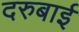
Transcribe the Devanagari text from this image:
दरुबाई